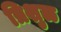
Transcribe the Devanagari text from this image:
त्रिशुळ